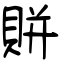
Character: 賆